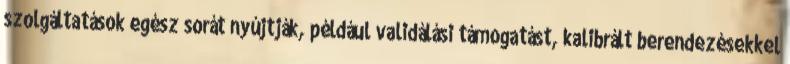
szolgáltatások egész sorát nyújtják, például validálási támogatást, kalibrált berendezésekkel